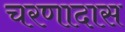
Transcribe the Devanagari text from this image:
चरणादास